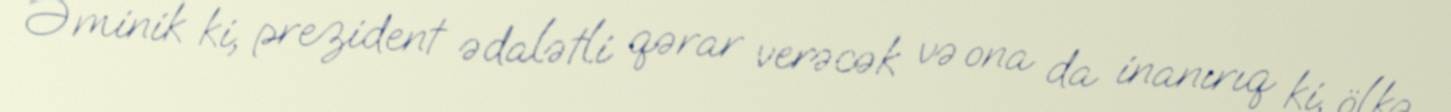
Əminik ki, prezident ədalətli qərar verəcək və ona da inanırıq ki, ölkə